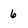
Character: 6